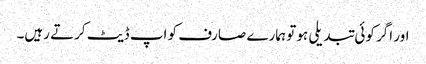
اور اگر کوئی تبدیلی ہو تو ہمارے صارف کو اپ ڈیٹ کرتے رہیں۔